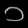
Digit: ၁